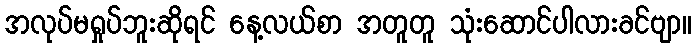
အလုပ်မရှုပ်ဘူးဆိုရင် နေ့လယ်စာ အတူတူ သုံးဆောင်ပါလားခင်ဗျာ။